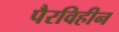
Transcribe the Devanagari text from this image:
पैरविहीन